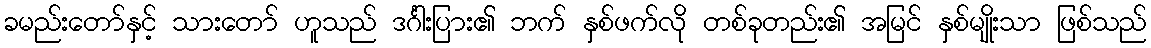
ခမည်းတော်နှင့် သားတော် ဟူသည် ဒင်္ဂါးပြား၏ ဘက် နှစ်ဖက်လို တစ်ခုတည်း၏ အမြင် နှစ်မျိုးသာ ဖြစ်သည်